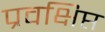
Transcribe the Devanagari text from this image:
प्रवक्षिप्त